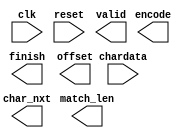
module LZ77_Encoder(clk,reset,chardata,valid,encode,finish,offset,match_len,char_nxt);

input 				clk;
input 				reset;
input 		[7:0] 	chardata;
output  			valid;
output  			encode;
output  			finish;
output  	[4:0] 	offset;
output  	[4:0] 	match_len;
output  	[7:0] 	char_nxt;


	/*-------------------------------------/
	/		Write your code here~		   /
	/-------------------------------------*/


endmodule